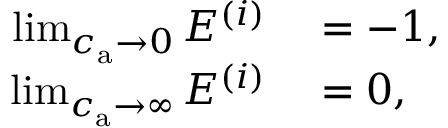
\begin{array} { r l } { \operatorname* { l i m } _ { c _ { \mathrm { a } } \to 0 } E ^ { ( i ) } } & { { } = - 1 , } \\ { \operatorname* { l i m } _ { c _ { \mathrm { a } } \to \infty } E ^ { ( i ) } } & { { } = 0 , } \end{array}